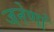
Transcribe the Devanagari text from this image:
जनेणां